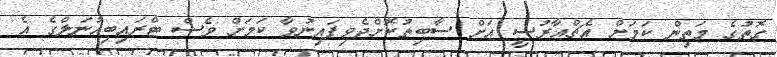
ގޮތުގެ މަތިން ކަމަށް އެޗްއާރުސީ އަށް ސާބިތުކޮށްދެވިފައިނުވާ ކަމަށް ވެސް ޓްރައިބިއުނަލްގެ އެ